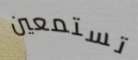
تستمعين